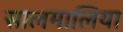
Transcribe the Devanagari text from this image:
सालमालिया